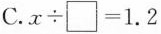
C.$$x\div\Box = 1.2$$